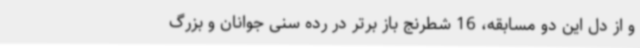
و از دل این دو مسابقه، 16 شطرنج باز برتر در رده سنی جوانان و بزرگ